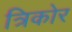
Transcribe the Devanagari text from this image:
त्रिकोर